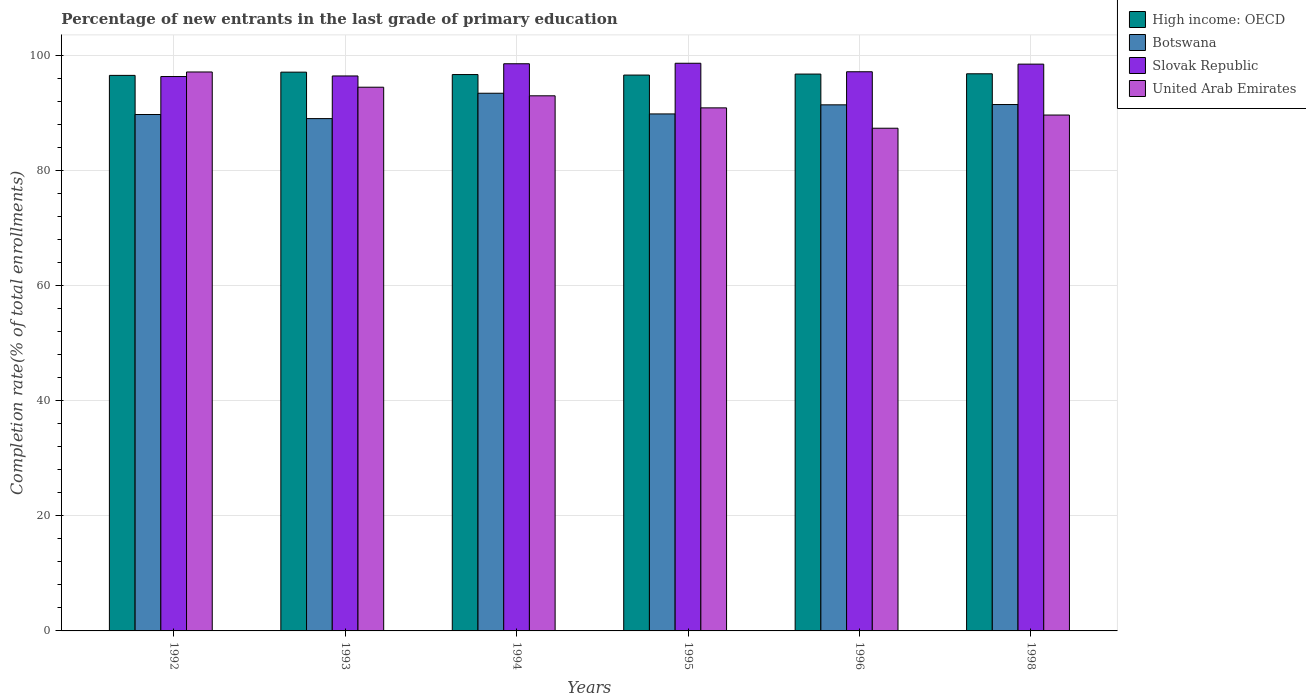
| Years | High income: OECD | Botswana | Slovak Republic | United Arab Emirates |
 | --- | --- | --- | --- | --- |
 | 1992 | 96.5 | 89.7 | 96.3 | 97.1 |
 | 1993 | 97.1 | 89 | 96.4 | 94.4 |
 | 1994 | 96.6 | 93.4 | 98.5 | 93 |
 | 1995 | 96.6 | 89.8 | 98.6 | 90.9 |
 | 1996 | 96.7 | 91.4 | 97.1 | 87.3 |
 | 1998 | 96.8 | 91.4 | 98.5 | 89.6 |